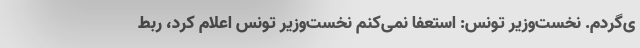
ی‌گردم. نخست‌وزیر تونس: استعفا نمی‌کنم نخست‌وزیر تونس اعلام کرد، ربط